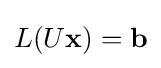
L(U\mathbf {x} )=\mathbf {b}